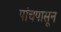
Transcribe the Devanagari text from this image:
पांचपासून